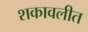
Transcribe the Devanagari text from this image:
शकावलीत